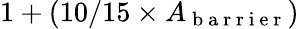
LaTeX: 1+(10/15\times A_{\mathrm{~b~a~r~r~i~e~r~}})